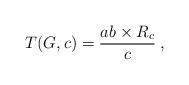
LaTeX: \begin{align*}{T(G,c)= \dfrac{ab \times R_c }{c}\:,}\end{align*}